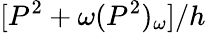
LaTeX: [P^{2}+\omega(P^{2})_{\omega}]/h